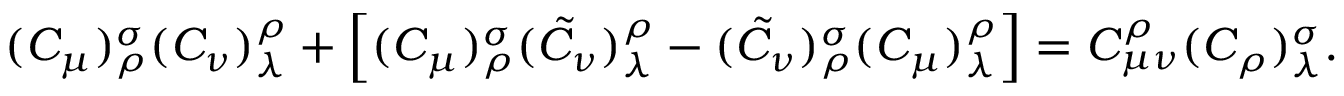
( C _ { \mu } ) _ { \rho } ^ { \sigma } ( C _ { \nu } ) _ { \lambda } ^ { \rho } + \Big [ ( C _ { \mu } ) _ { \rho } ^ { \sigma } ( \tilde { C } _ { \nu } ) _ { \lambda } ^ { \rho } - ( \tilde { C } _ { \nu } ) _ { \rho } ^ { \sigma } ( C _ { \mu } ) _ { \lambda } ^ { \rho } \Big ] = C _ { \mu \nu } ^ { \rho } ( C _ { \rho } ) _ { \lambda } ^ { \sigma } .